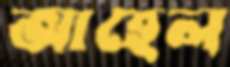
আহেল